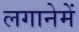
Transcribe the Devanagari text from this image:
लगानेमें